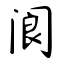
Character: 阆